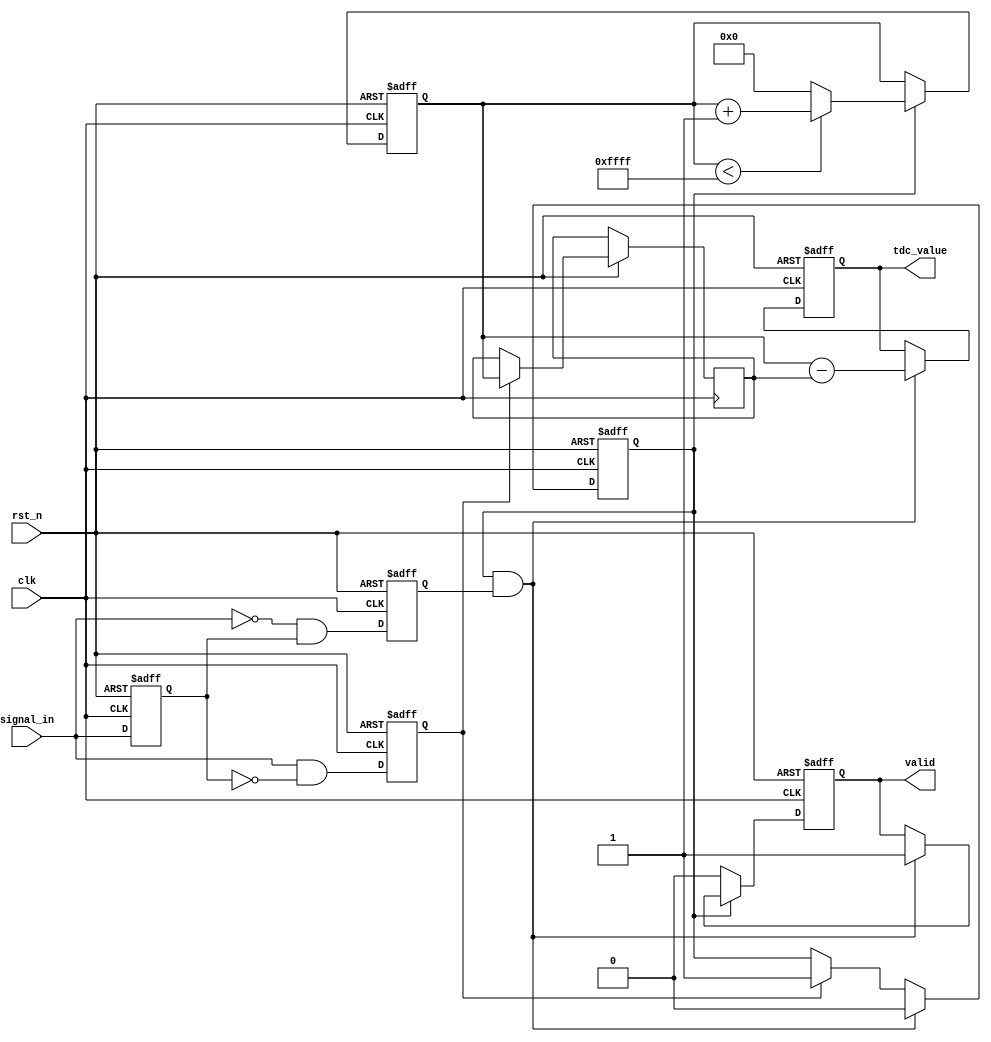
module tdc (
    input wire clk,               // Clock input
    input wire rst_n,             // Active low reset
    input wire signal_in,         // Input signal to measure time intervals
    output reg [15:0] tdc_value,  // TDC measurement value
    output reg valid              // Valid output flag
);

    // Parameters for the TDC
    parameter COUNTER_WIDTH = 16; // Width of the counter
    parameter MAX_COUNT = (1 << COUNTER_WIDTH) - 1; // Maximum count value

    // Internal signals
    reg [COUNTER_WIDTH-1:0] counter; // Time counter
    reg start_event;                  // Start event detected
    reg stop_event;                   // Stop event detected
    reg counting;                     // Counting flag
    reg [COUNTER_WIDTH-1:0] start_value; // Start count value

    // Edge detection for start and stop events
    reg signal_in_d;                 // Delayed input signal for edge detection

    always @(posedge clk or negedge rst_n) begin
        if (!rst_n) begin
            signal_in_d <= 1'b0;
        end else begin
            signal_in_d <= signal_in;
        end
    end

    always @(posedge clk or negedge rst_n) begin
        if (!rst_n) begin
            start_event <= 1'b0;
            stop_event <= 1'b0;
        end else begin
            // Detect rising edge for start event
            start_event <= signal_in && !signal_in_d; 
            // Detect falling edge for stop event
            stop_event <= !signal_in && signal_in_d;
        end
    end

    // Counting logic
    always @(posedge clk or negedge rst_n) begin
        if (!rst_n) begin
            counter <= 0;
            counting <= 1'b0;
            tdc_value <= 16'b0;
            valid <= 1'b0;
        end else begin
            // Start counting on start event
            if (start_event) begin
                start_value <= counter; // Capture start count
                counting <= 1'b1;
            end
            
            // Stop counting on stop event
            if (counting && stop_event) begin
                tdc_value <= counter - start_value; // Calculate time interval
                valid <= 1'b1; // Set valid flag
                counting <= 1'b0; // Stop counting
            end
            
            // Increment counter if counting is active
            if (counting) begin
                if (counter < MAX_COUNT) begin
                    counter <= counter + 1;
                end else begin
                    counter <= 0; // Wrap around
                end
            end else begin
                valid <= 1'b0; // Reset valid flag when not counting
            end
        end
    end

endmodule